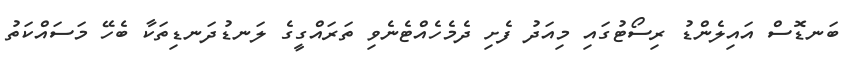
ބަނޑޮސް އައިލެންޑު ރިސޯޓުގައި މިއަދު ފެށި ދެމެހެއްޓެނެވި ތަރައްގީގެ ލަނޑުދަނޑިތަކާ ބެހޭ މަސައްކަތު